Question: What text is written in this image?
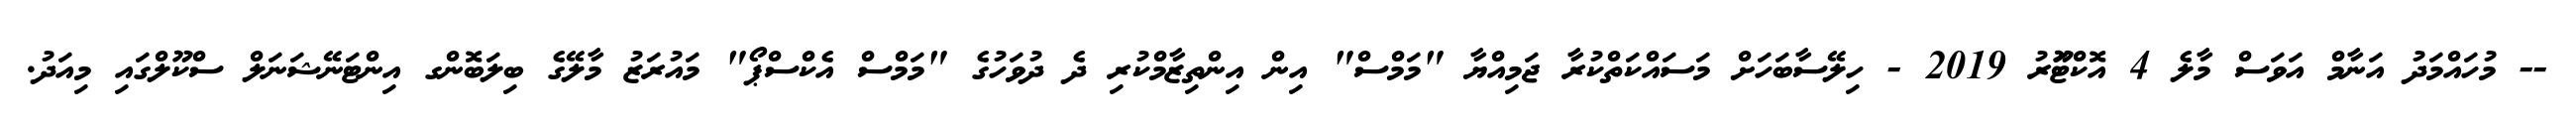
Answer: -- މުހައްމަދު އަނާމް އަވަސް މާލެ 4 އޮކްޓޫަރު 2019 - ހިލޭސާބަހަށް މަސައްކަތްކުރާ ޖަމިއްޔާ "މަމްސް" އިން އިންތިޒާމްކުރި ދެ ދުވަހުގެ "މަމްސް އެކްސްޕޯ" މައުރަޒު މާލޭގެ ބިލަބޮންގ އިންޓަނޭޝަނަލް ސްކޫލްގައި މިއަދު.